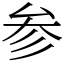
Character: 参